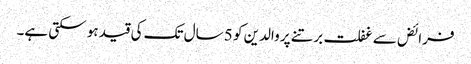
فرائض سے غفلت برتنے پر والدین کو 5 سال تک کی قید ہو سکتی ہے۔